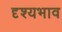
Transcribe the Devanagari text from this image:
दृश्यभाव